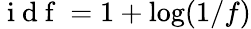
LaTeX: \mathrm{~i~d~f~}=1+\log(1/f)